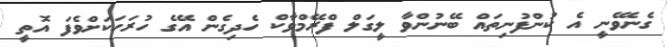
ގެނެވޭނީ އެ ކުންފުނިތައް ބޭނުންވާ ލީގަލް ފްރޭމްވާކް ހެދިގެން އޭގެ ހުރަހަކަށްވެފަ އޮތީ